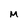
Character: M